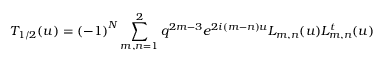
T _ { 1 / 2 } ( u ) = { ( - 1 ) } ^ { N } \displaystyle \sum _ { m , n = 1 } ^ { 2 } q ^ { 2 m - 3 } e ^ { 2 i ( m - n ) u } L _ { m , n } ( u ) L _ { m , n } ^ { t } ( u )